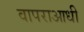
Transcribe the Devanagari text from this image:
वापराआधी